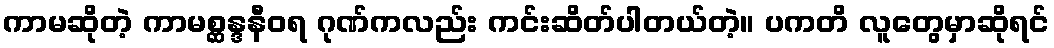
ကာမဆိုတဲ့ ကာမစ္ဆန္ဒနီဝရ ဂုဏ်ကလည်း ကင်းဆိတ်ပါတယ်တဲ့။ ပကတိ လူတွေမှာဆိုရင်